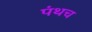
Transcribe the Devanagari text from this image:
पंथच